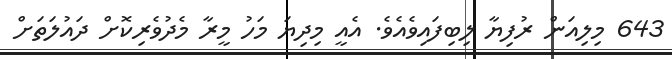
643 މިލިއަން ރުފިޔާ ލިބިފައިވެއެވެ. އެއީ މިދިޔަ މަހު މީރާ މެދުވެރިކޮށް ދައުލަތަށް